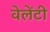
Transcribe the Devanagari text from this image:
वेलेंटी